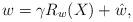
LaTeX: \begin{align*}w= \gamma R_w(X) +\hat w, \end{align*}